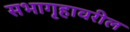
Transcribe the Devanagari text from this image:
सभागृहावरील